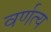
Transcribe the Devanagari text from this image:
वर्णत्य